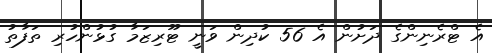
އެ ޓްރެނިންގެ ދަށުން އެ 56 ކުދިން ވަނީ ޓޫރިޒަމާ ގުޅުންހުރި ތަފާތު